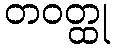
တဝတ္ထု